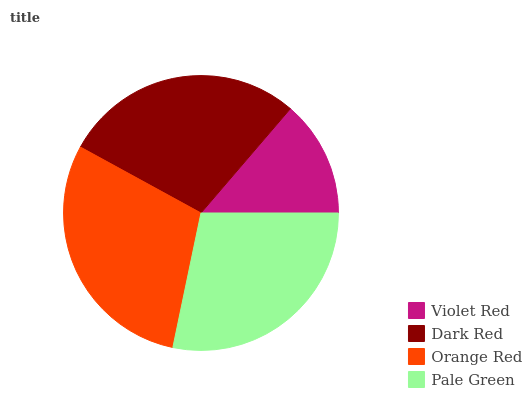
| Violet Red | Dark Red | Orange Red | Pale Green |
 | --- | --- | --- | --- |
 | 13.7% | 28.3% | 29.7% | 28.3% |